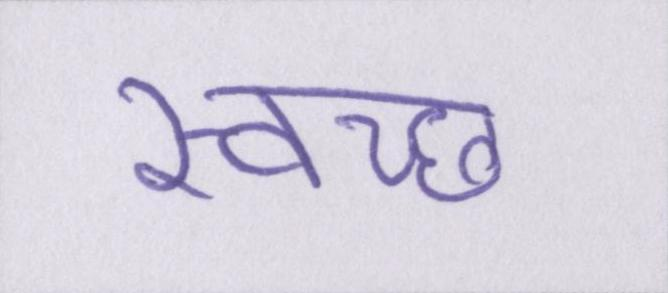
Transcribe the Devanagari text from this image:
स्वच्छ